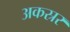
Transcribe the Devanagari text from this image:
अकस्रर